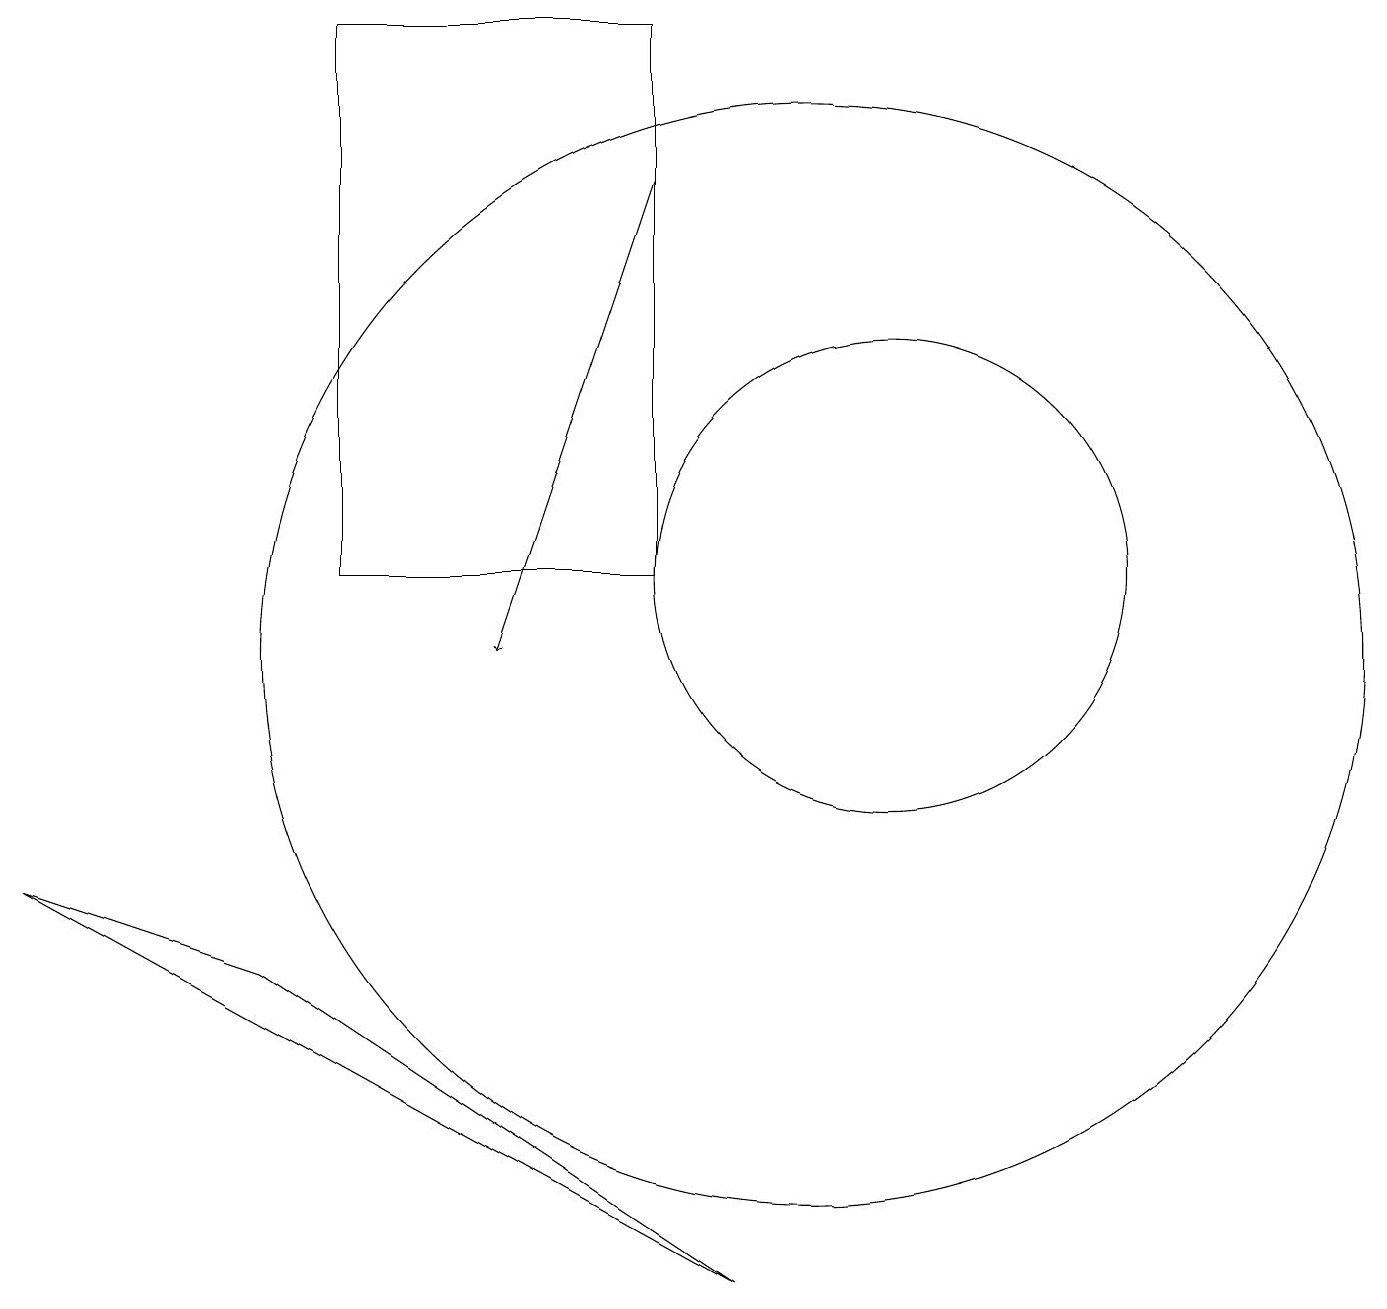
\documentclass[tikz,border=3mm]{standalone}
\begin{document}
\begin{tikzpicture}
\draw (10,10) circle (7);
\draw[->] (8,16) -- (6,10);
\draw (0,7) -- (9,2) -- (3,6) -- cycle;
\draw (8,11) rectangle (4,18);
\draw (11,11) circle (3);
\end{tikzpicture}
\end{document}